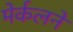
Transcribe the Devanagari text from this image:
मेर्कलने